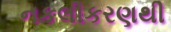
નકલીકરણથી